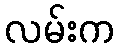
လမ်းက